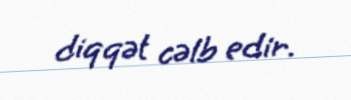
diqqət cəlb edir.